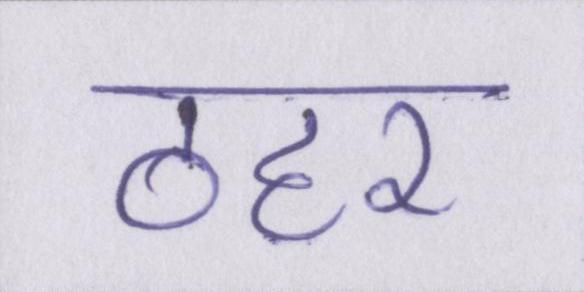
ठहर